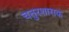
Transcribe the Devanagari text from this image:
चतुरशासक